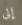
إلى